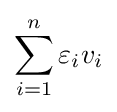
\sum _{i=1}^{n}\varepsilon _{i}v_{i}